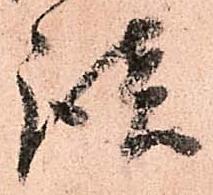
談